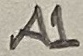
Text: A1